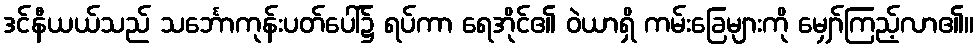
ဒင်နီယယ်သည် သင်္ဘောကုန်းပတ်ပေါ်၌ ရပ်ကာ ရေအိုင်၏ ဝဲယာရှိ ကမ်းခြေများကို မျှော်ကြည့်လာ၏။